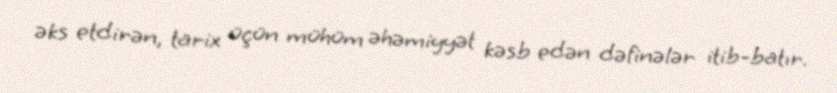
əks etdirən, tarix üçün mühüm əhəmiyyət kəsb edən dəfinələr itib-batır.